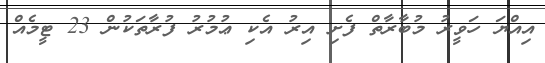
އިއްޔަ ހަވީރު މުބާރާތް ފެށި އިރު އެކި ޢުމުރު ފުރާތަކުން 23 ޓީމެއް